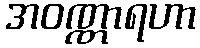
အဝဏ္ဏာရဟာ